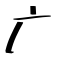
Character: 广